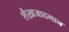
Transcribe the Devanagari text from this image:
शैख़जादगान